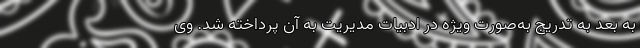
به بعد به تدریج به‌صورت ویژه‌ در ادبیات مدیریت به آن پرداخته شد. وی